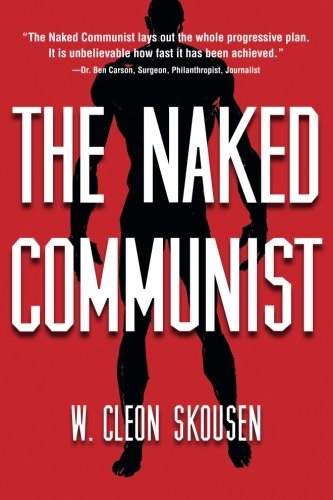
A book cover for The Naked Communist (The Naked Series) (Volume 1); W. Cleon Skousen; Politics & Social Sciences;